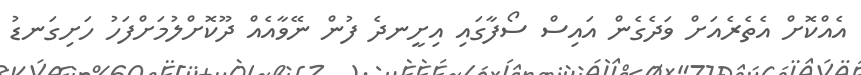
އެއްކޮށް އެތެރެއަށް ވަދެގެން އައިސް ސޯފާގައި އިށީނދެ ފުން ނޭވާއެއް ދޫކޮށްލުމަށްފަހު ހަށިގަނޑު